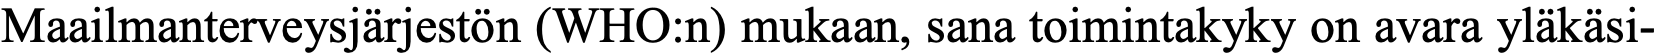
Maailmanterveysjärjestön (WHO:n) mukaan, sana toimintakyky on avara yläkäsi-